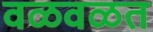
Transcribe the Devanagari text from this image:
वळवळत